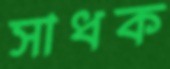
সাধক